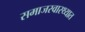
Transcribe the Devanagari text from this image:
समाजस्वास्थ्यात